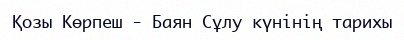
Қозы Көрпеш - Баян Сұлу күнінің тарихы